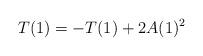
LaTeX: \begin{align*} T(1)=-T(1)+2A(1)^{2}\end{align*}